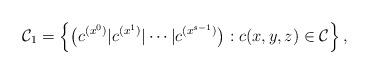
LaTeX: \begin{align*}\mathcal{C}_1= \left\{ \big(c^{(x^0)}|c^{(x^1)}|\cdots|c^{(x^{s-1})}\big) :c(x,y,z) \in \mathcal{C} \right \}, \end{align*}